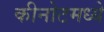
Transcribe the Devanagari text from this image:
कीनोटमध्ये